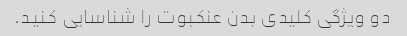
دو ویژگی کلیدی بدن عنکبوت را شناسایی کنید.